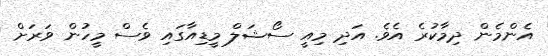
އެންމެން ދިމާކުރެ އެވެ. އަދި މިއީ ސޯޝަލް މީޑިއާގައި ވެސް މީހުން ވަރަށް